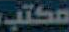
مكتب